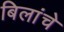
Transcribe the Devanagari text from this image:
बिलांचे